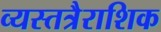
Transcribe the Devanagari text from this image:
व्यस्तत्रैराशिक